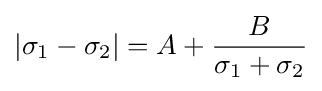
|\sigma _{1}-\sigma _{2}|=A+{\frac {B}{\sigma _{1}+\sigma _{2}}}